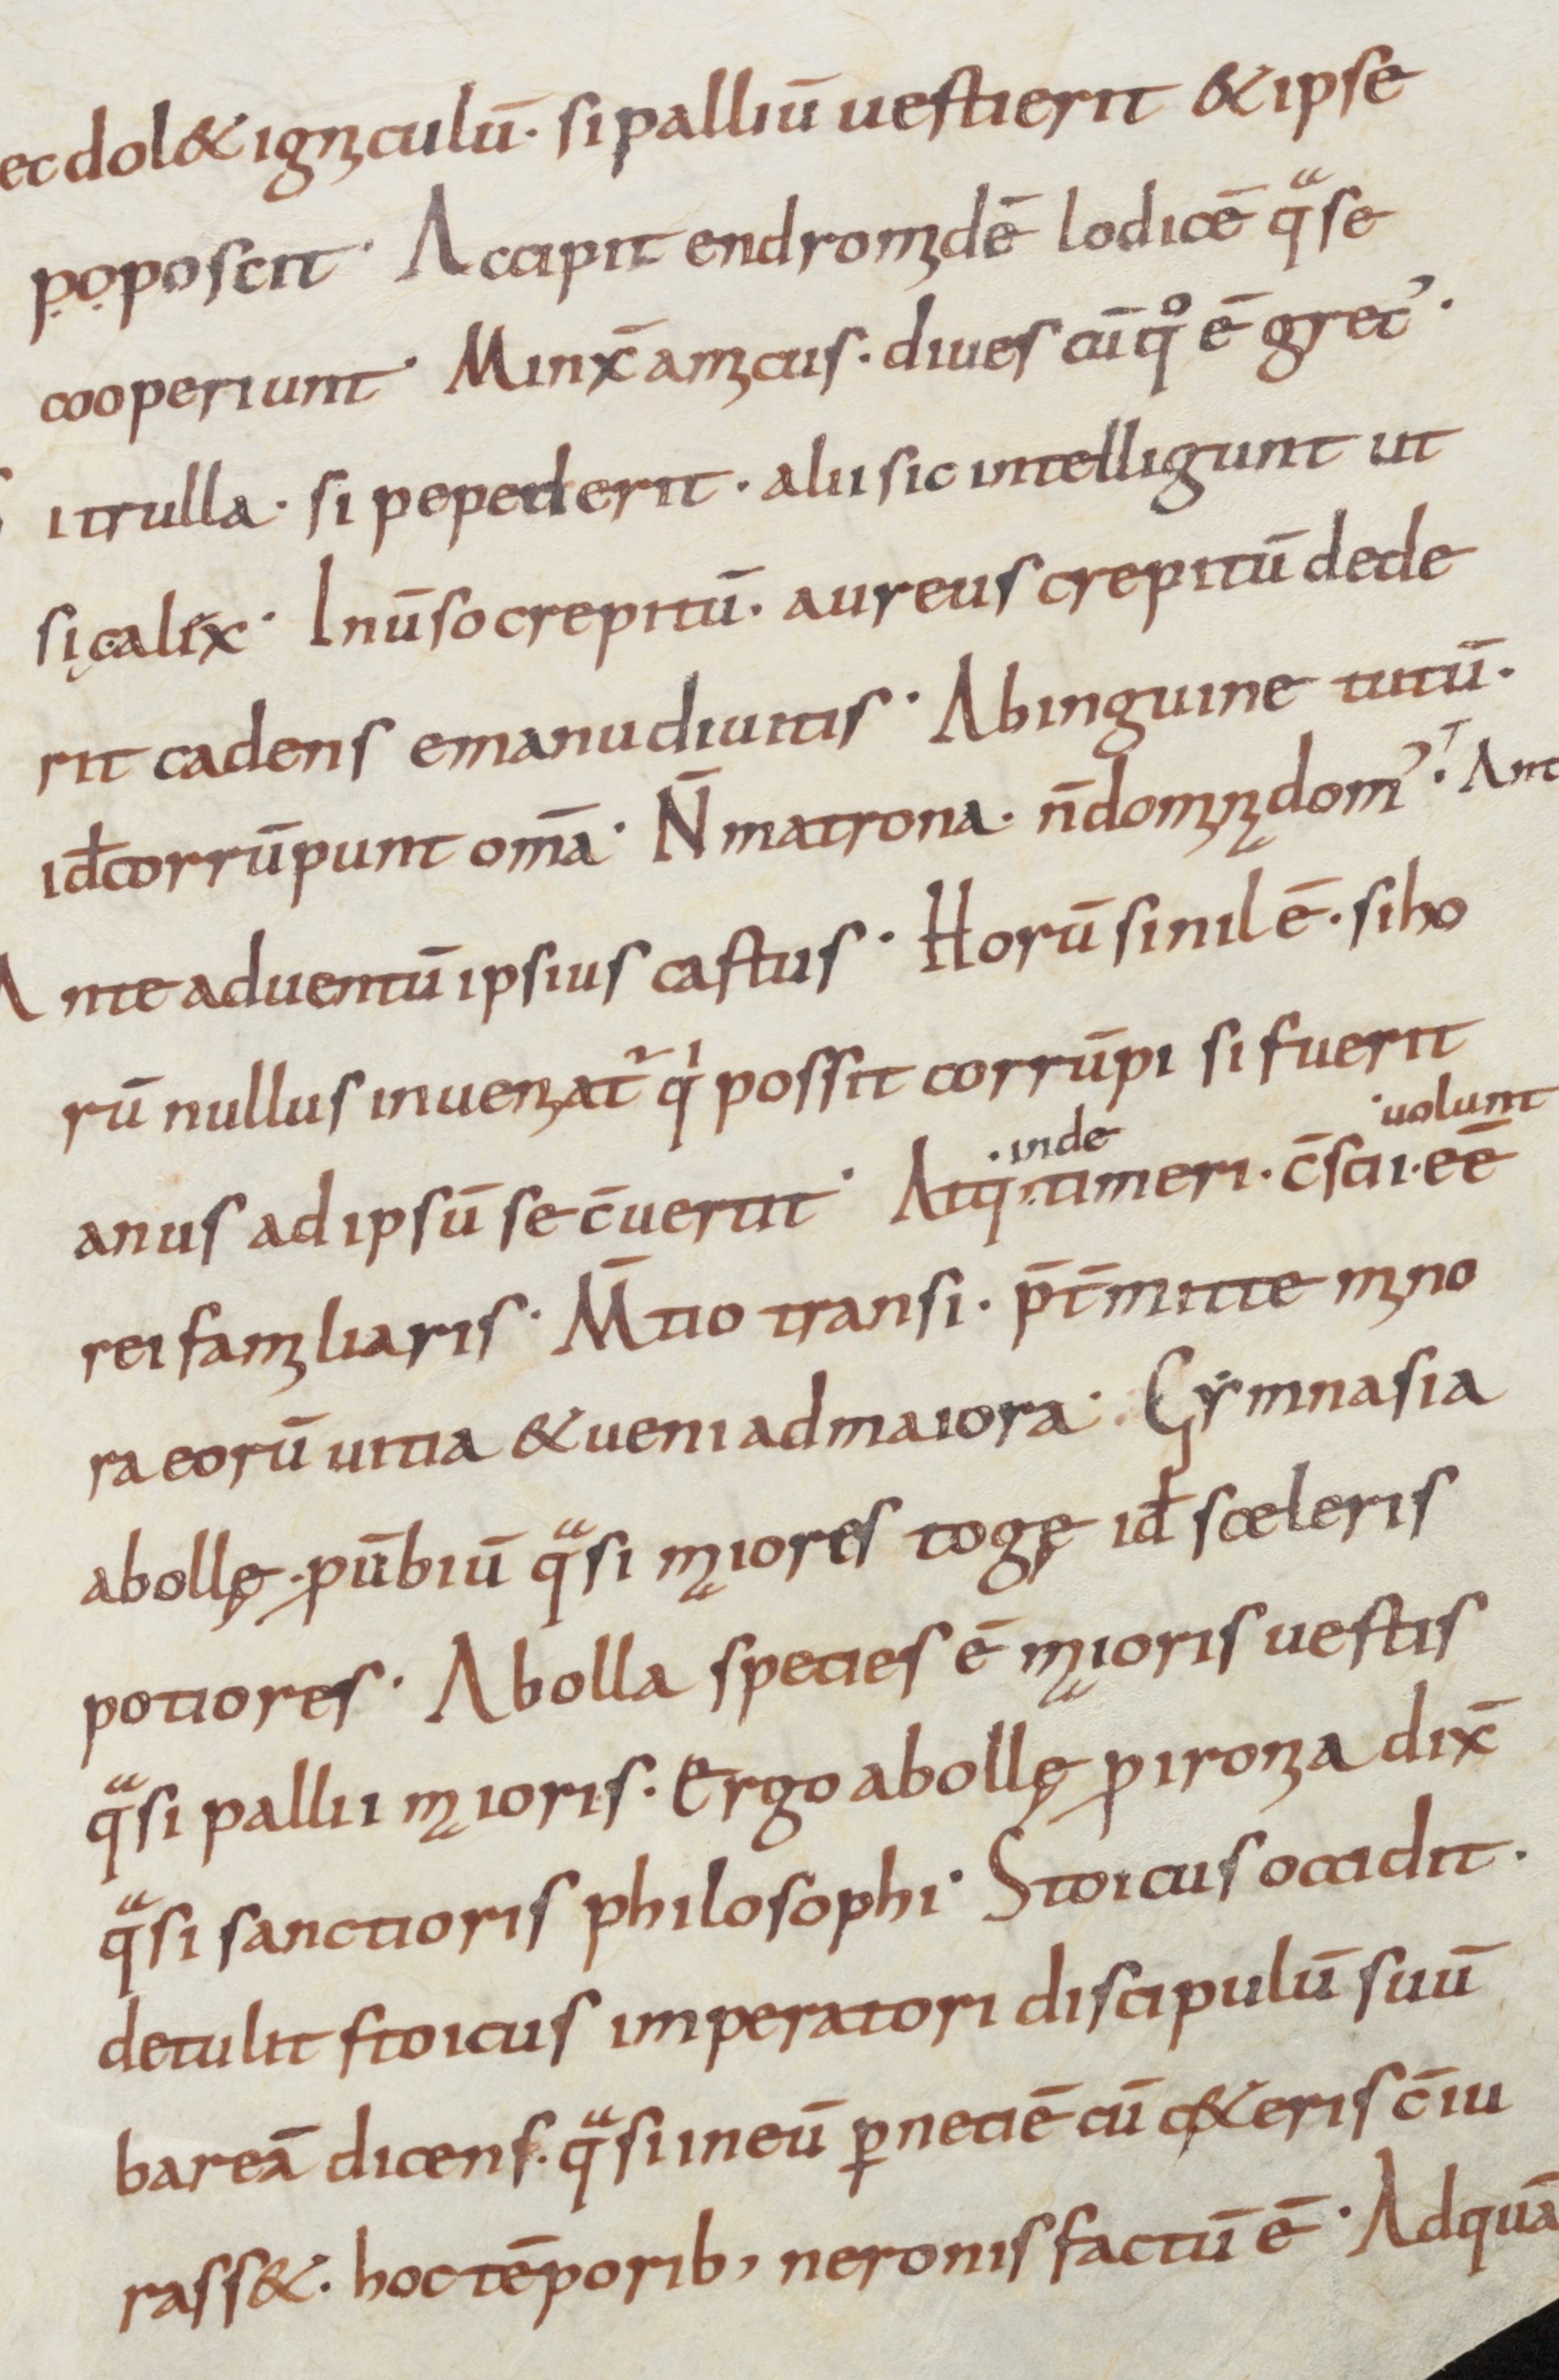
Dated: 800–899